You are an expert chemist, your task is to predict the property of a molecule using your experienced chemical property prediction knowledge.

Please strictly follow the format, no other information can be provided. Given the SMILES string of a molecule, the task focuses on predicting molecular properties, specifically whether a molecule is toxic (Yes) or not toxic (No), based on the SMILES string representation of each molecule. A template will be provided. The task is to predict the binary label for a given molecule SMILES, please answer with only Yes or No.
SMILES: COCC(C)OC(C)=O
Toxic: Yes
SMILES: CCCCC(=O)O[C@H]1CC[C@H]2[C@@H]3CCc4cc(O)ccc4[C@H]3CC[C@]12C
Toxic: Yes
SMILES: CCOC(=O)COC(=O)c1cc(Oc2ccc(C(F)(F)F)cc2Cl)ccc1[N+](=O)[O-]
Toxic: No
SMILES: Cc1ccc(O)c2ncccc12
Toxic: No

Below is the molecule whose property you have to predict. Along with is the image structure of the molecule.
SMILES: O=C(NNCNNC(=O)c1ccncc1)c1ccncc1
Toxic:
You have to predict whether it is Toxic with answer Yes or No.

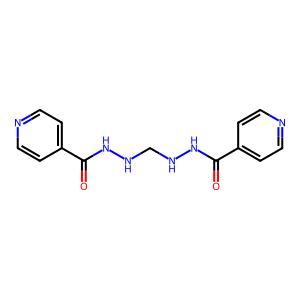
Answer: No